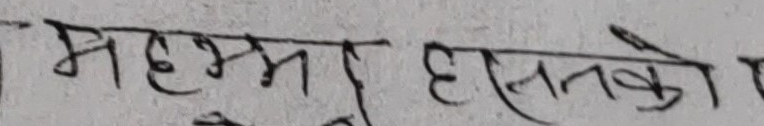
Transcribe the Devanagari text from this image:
महम्रा हसनको र